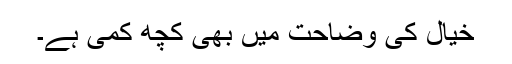
خیال کی وضاحت میں بھی کچھ کمی ہے۔